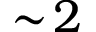
\sim \! 2